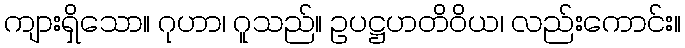
ကျားရှိသော။ ဂုဟာ၊ ဂူသည်။ ဥပဋ္ဌဟတိဝိယ၊ လည်းကောင်း။